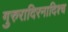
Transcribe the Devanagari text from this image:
गुरुरादिरनादिश्च